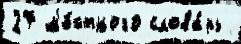
27 м'е́стного слова́рь